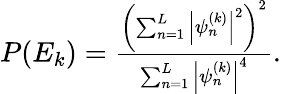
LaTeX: \begin{array}{r}{P(E_{k})=\frac{\left(\sum_{n=1}^{L}\left|\psi_{n}^{(k)}\right|^{2}\right)^{2}}{\sum_{n=1}^{L}\left|\psi_{n}^{(k)}\right|^{4}}.}\end{array}